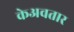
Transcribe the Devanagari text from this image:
केअवतार